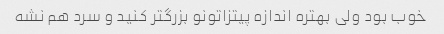
خوب بود ولی بهتره اندازه پیتزاتونو بزرگتر کنید و سرد هم نشه